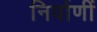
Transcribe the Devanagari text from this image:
निर्वाणीं